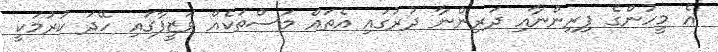
އެ މީހުންގެ ފިރިންނާއި ދަރިންނާ ދުރުގައި އެތައް މަސްތަކެއް ވަޒީފާގައި ހޭދަ ކުރުމަކީ